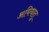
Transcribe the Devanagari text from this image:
अधिधातु